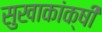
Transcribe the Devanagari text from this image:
सुखाकांक्षी